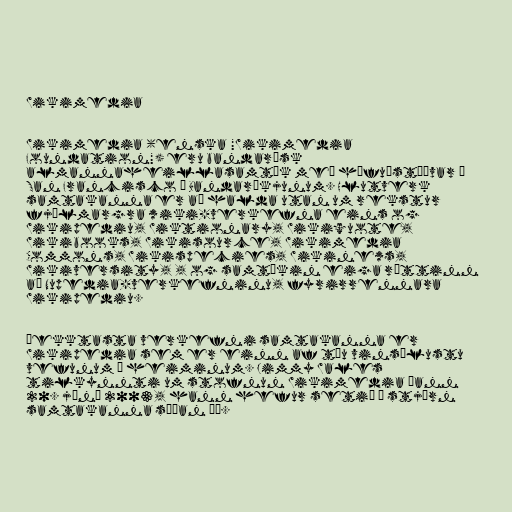
Wikimedia

Wikimedia (enska "Wikimedia
Foundation") eru bandarísk
almannaheillasamtök með höfuðstöðvar í
San Francisco í Bandaríkjunum. Hlutverk
samtakanna er að halda utan um rekstur
fjölmargra wiki-verkefna eins og
Wikipediu, Wiktionary, Wikiquote,
Wikibooks, Wikisource, Wikimedia
Commons, Wikispecies, Wikinews,
Wikiversity, , og samtökin eiga réttinn
að Nupedia-verkefninu, fyrirrennara
Wikipediu.

Þekktasta verkefni samtakanna er
Wikipedia sem er einn af tíu vinsælustu
vefunum í heiminum. Jimmy Wales
tilkynnti um stofnun Wikimedia þann
20. júní 2003, hann hefur setið í stjórn
samtakanna síðan þá.